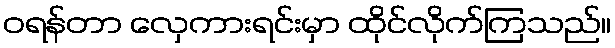
ဝရန်တာ လှေကားရင်းမှာ ထိုင်လိုက်ကြသည်။